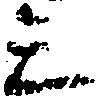
三